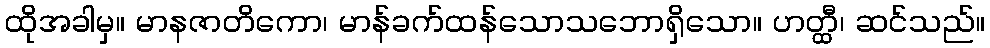
ထိုအခါမှ။ မာနဇာတိကော၊ မာန်ခက်ထန်သောသဘောရှိသော။ ဟတ္ထီ၊ ဆင်သည်။